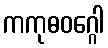
ကကုဓဝဂ္ဂေါ